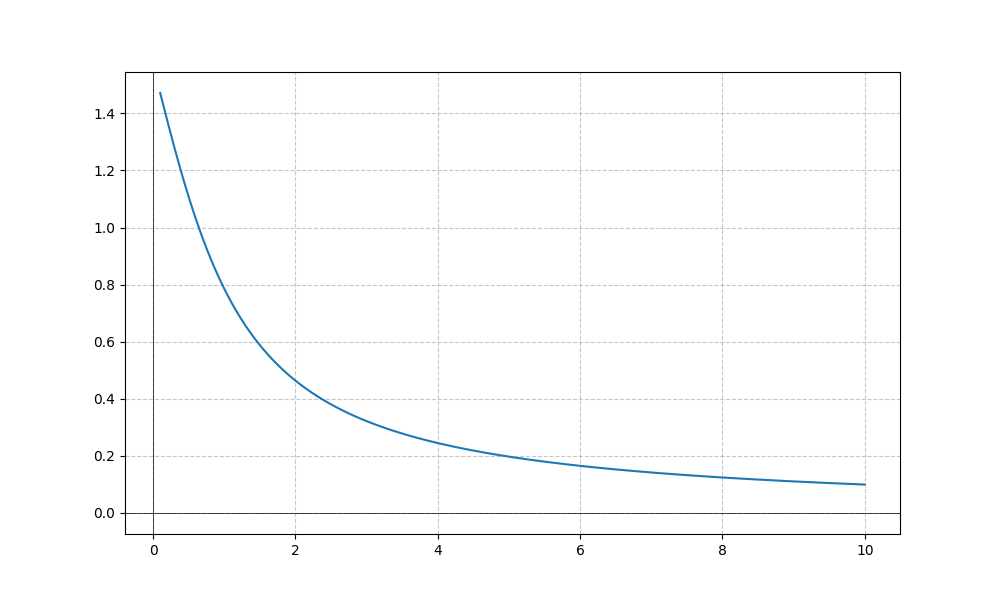
LaTeX formula: \operatorname{acot}{\left(x \right)}